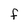
Character: f